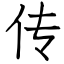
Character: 传